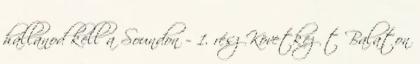
hallanod kell a Soundon – 1. rész Következőt Balaton